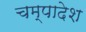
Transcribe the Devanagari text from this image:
चम्पादेश